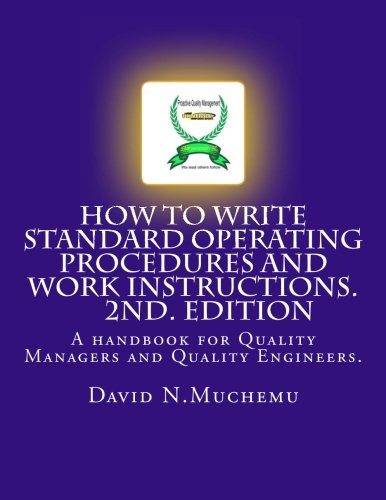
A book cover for How to write standard operating procedures and work Instructions.2ND EDITION: A handbook for Quality Managers and Quality Engineers.; Mr David N. Muchemu; Education & Teaching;